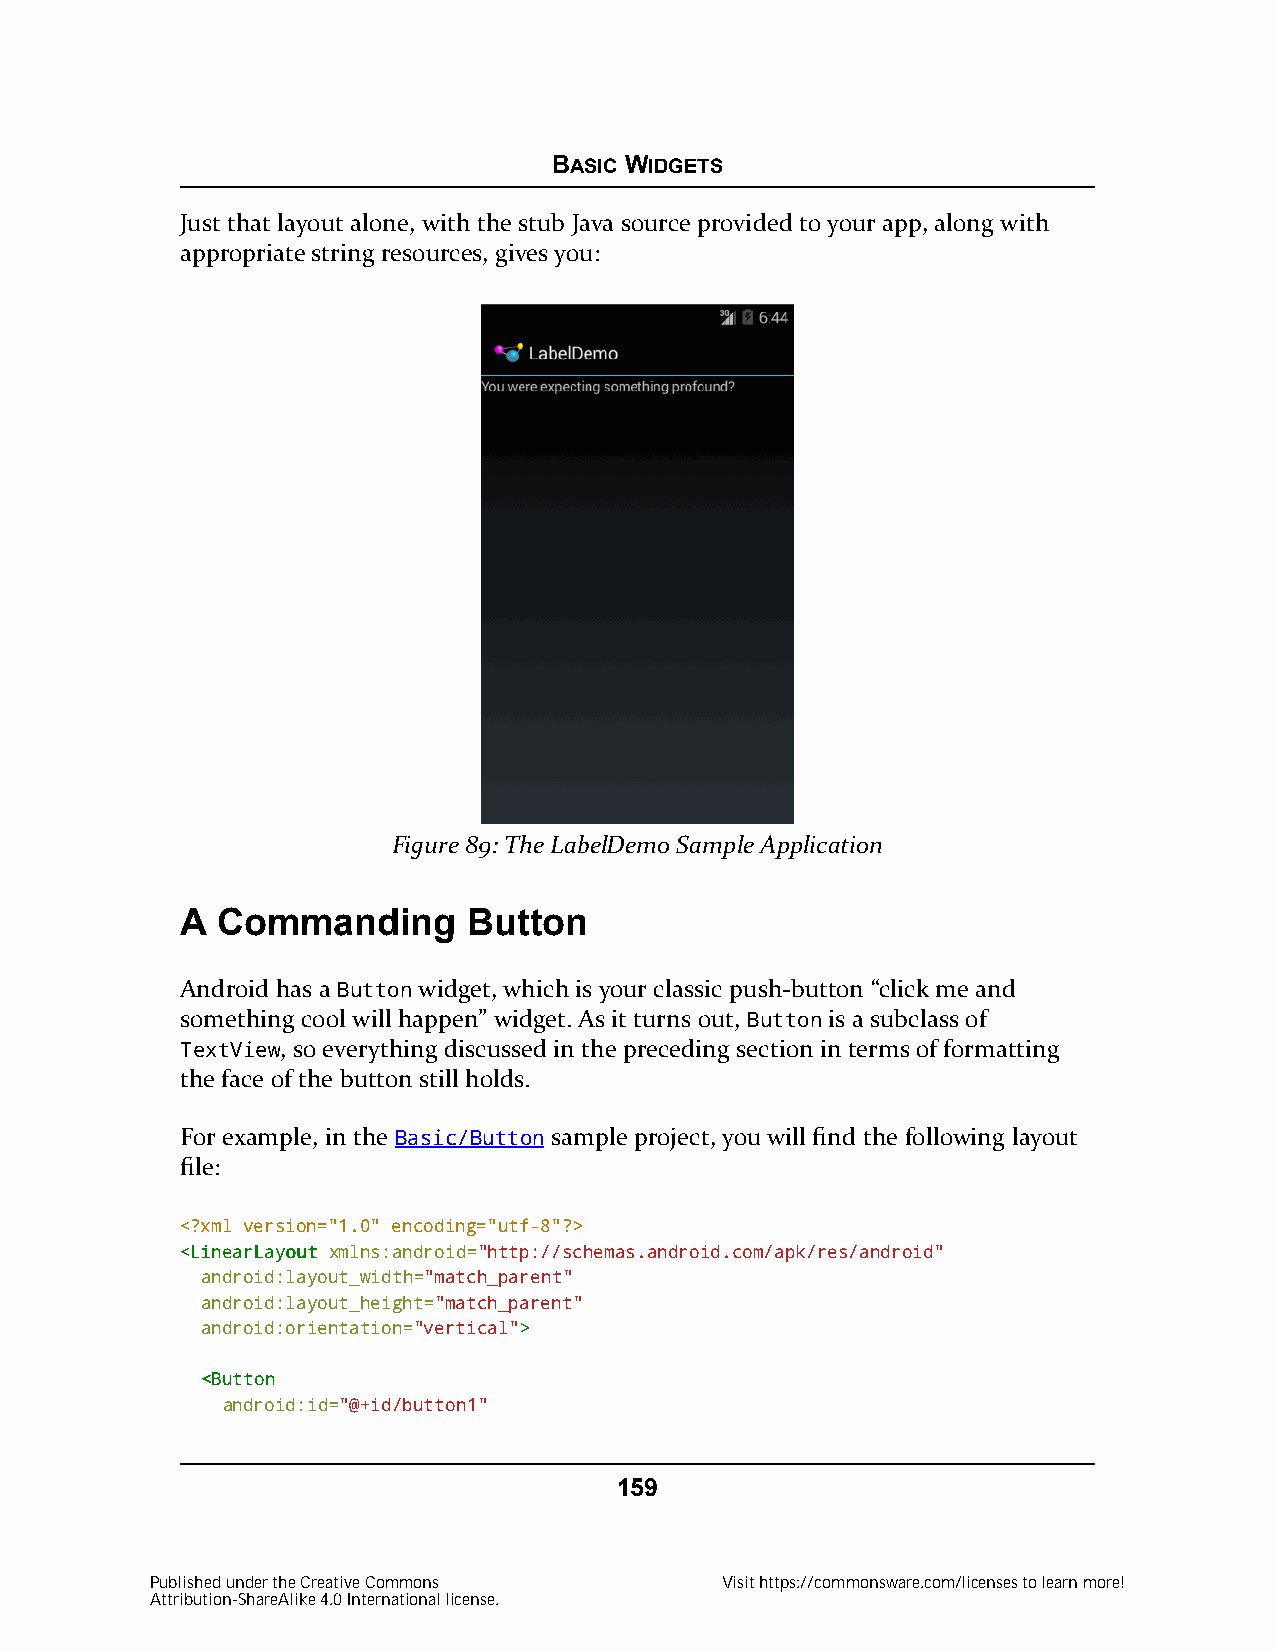
BASIC WIDGETS
 Just that layout alone, with the stub Java source provided to your app, along with
 appropriate string resources, gives you:
 Figure 89: The LabelDemo Sample Application
 A Commanding       Button
 Android has a Button widget, which is your classic push-button “click me and
 something cool will happen” widget. As it turns out, Button is a subclass of
 TextView, so everything discussed in the preceding section in terms of formatting
 the face of the button still holds.
 For example, in the Basic/Button sample project, you will find the following layout
 file:
 <?xml version="1.0" encoding="utf-8"?>
 <<LLiinneeaarrLLaayyoouutt xmlns:android="http://schemas.android.com/apk/res/android"
 android:layout_width="match_parent"
 android:layout_height="match_parent"
 android:orientation="vertical">>
 <<BBuuttttoonn
 android:id="@+id/button1"
 159
 Published under the Creative Commons  Visit https://commonsware.com/licenses to learn more!
 Attribution-ShareAlike 4.0 International license.